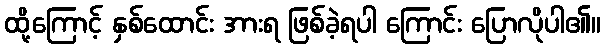
ထို့ကြောင့် နှစ်ထောင်း အားရ ဖြစ်ခဲ့ရပါ ကြောင်း ပြောလိုပါ၏။